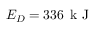
E _ { D } = 3 3 6 \, \mathrm { ~ k ~ J ~ }